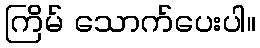
ကြိမ် သောက်ပေးပါ။